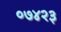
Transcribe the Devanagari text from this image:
०७४२३